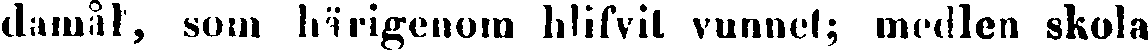
damål, som härigenom bilfvit vunnet; medlen skola